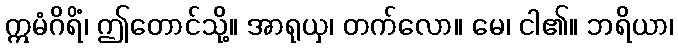
ဣမံဂိရိံ၊ ဤတောင်သို့။ အာရုယှ၊ တက်လော။ မေ၊ ငါ၏။ ဘရိယာ၊